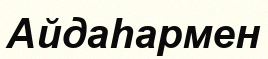
Айдаһармен